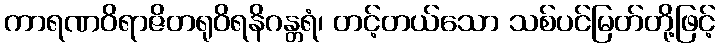
ကာရဏဝိရာဇိတရုဝိရနိဂန္တရံ၊ တင့်တယ်သော သစ်ပင်မြတ်တို့ဖြင့်